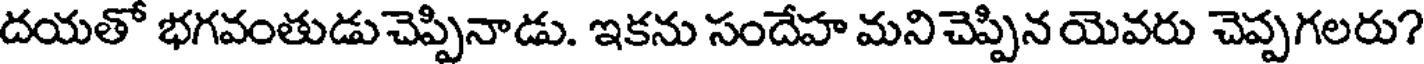
దయతో భగవంతుడుచెప్పినాడు. ఇకను సందేహ మనిచెప్పిన యెవరు చెప్పగలరు?